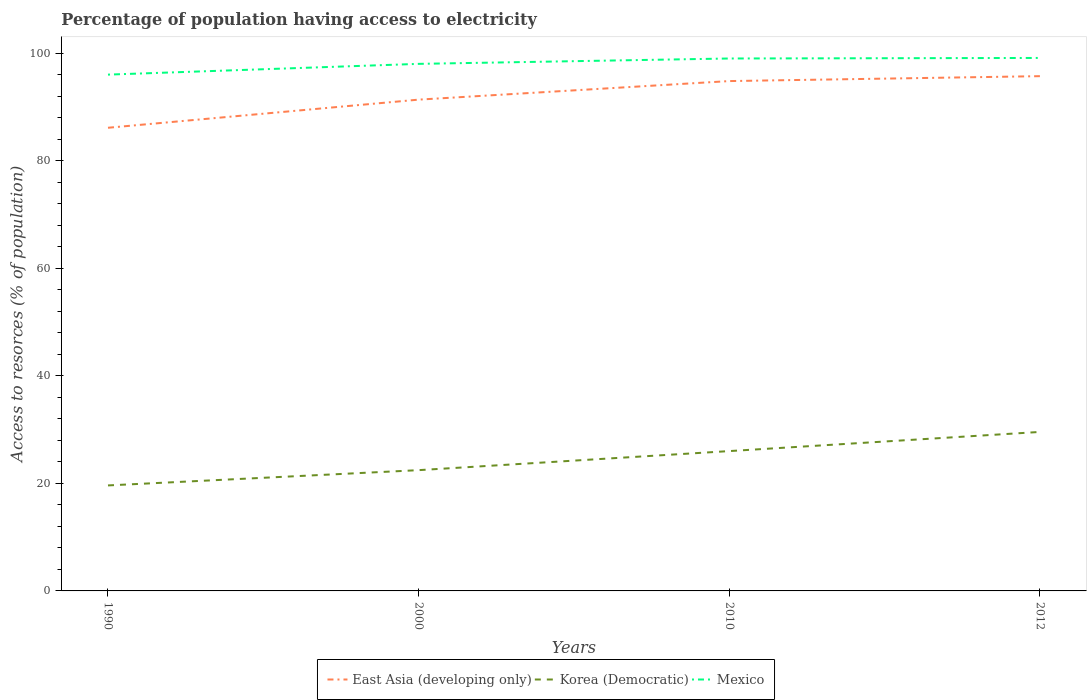
| Years | East Asia (developing only) | Korea (Democratic) | Mexico |
 | --- | --- | --- | --- |
 | 1990 | 86.1 | 19.6 | 96 |
 | 2000 | 91.3 | 22.5 | 98 |
 | 2010 | 94.8 | 26 | 99 |
 | 2012 | 95.7 | 29.6 | 99.1 |